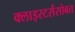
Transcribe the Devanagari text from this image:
क्लाइस्टर्ससोबत